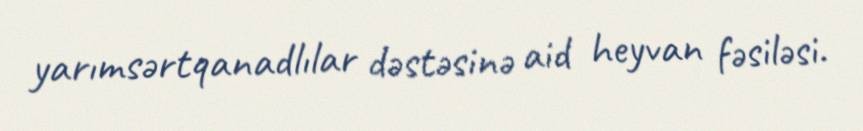
yarımsərtqanadlılar dəstəsinə aid heyvan fəsiləsi.